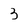
Character: 3